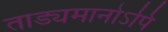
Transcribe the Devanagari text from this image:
ताड्यमानोऽपि